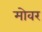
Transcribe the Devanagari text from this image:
मोवर